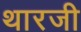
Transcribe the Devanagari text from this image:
थारजी